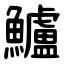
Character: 鱸